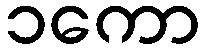
၁ကော